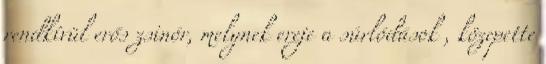
rendkívül erős zsinór, melynek ereje a súrlódások , közepette